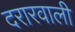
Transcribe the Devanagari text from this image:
दरारवाली